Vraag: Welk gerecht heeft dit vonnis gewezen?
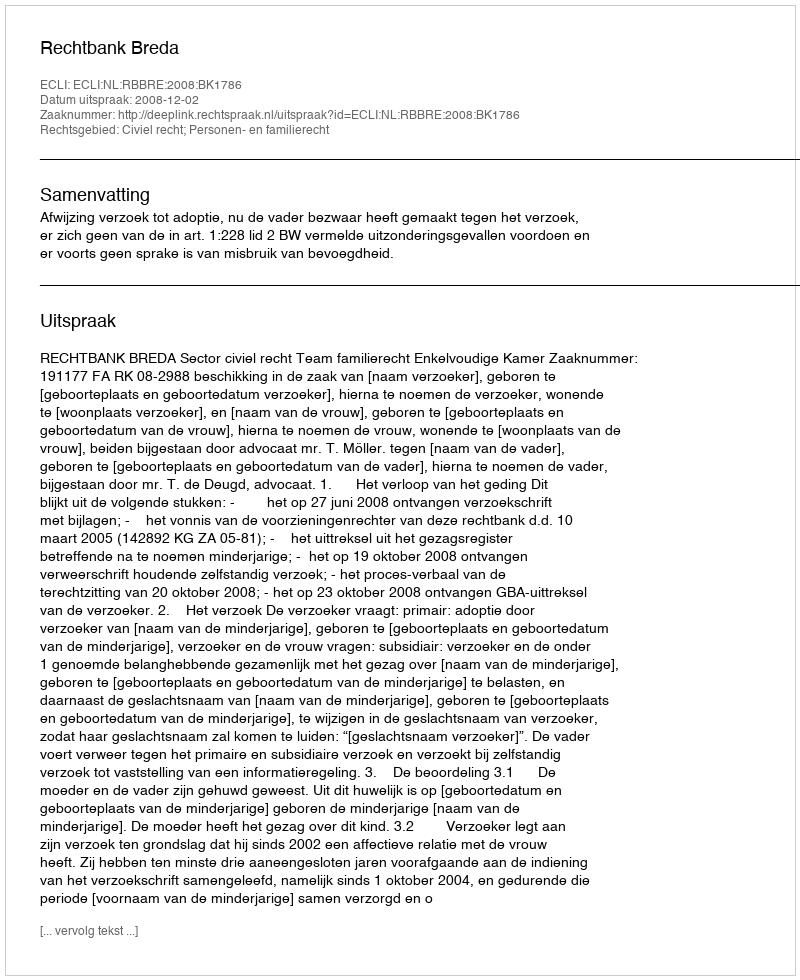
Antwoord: Rechtbank Breda